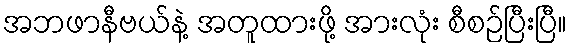
အဘဖာနီဗယ်နဲ့ အတူထားဖို့ အားလုံး စီစဉ်ပြီးပြီ။